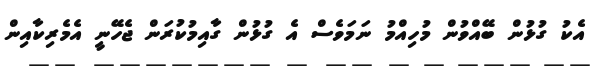
އެކު ގުޅުން ބޭއްވުން މުހިއްމު ނަމަވެސް އެ ގުޅުން ގާއިމުކުރަން ޖެހޭނީ އެމެރިކާއިން